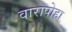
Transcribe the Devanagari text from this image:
वारापोहा